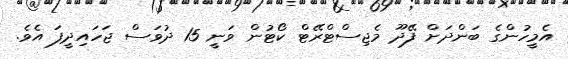
އެމީހުންގެ ބަންދަށް ފޭދޫ މެޖިސްޓްރޭޓް ކޯޓުން ވަނީ 15 ދުވަސް ޖަހައިދީފަ އެވެ.